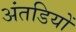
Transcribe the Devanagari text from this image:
अंतडियों